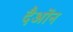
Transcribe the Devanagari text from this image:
दैओंन